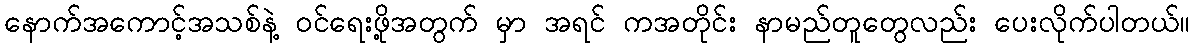
နောက်အကောင့်အသစ်နဲ့ ဝင်ရေးဖို့အတွက် မှာ အရင် ကအတိုင်း နာမည်တူတွေလည်း ပေးလိုက်ပါတယ်။